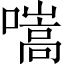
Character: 𡀢